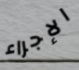
الإجراء